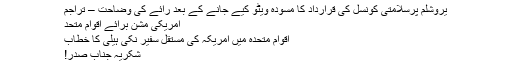
یروشلم پرسلامتی کونسل کی قرارداد کا مسودہ ویٹو کیے جانے کے بعد رائے کی وضاحت – تراجم
امریکی مشن برائے اقوام متحد
اقوام متحدہ میں امریکہ کی مستقل سفیر نکی ہیلی کا خطاب
شکریہ جناب صدر!